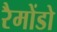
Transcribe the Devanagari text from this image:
रैमोंडो